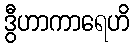
ဒွီဟာကာရေဟိ